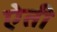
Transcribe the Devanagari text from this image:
ऐती